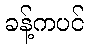
ခန့်ကပင်